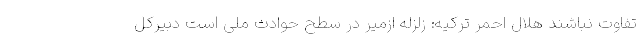
تفاوت نباشند هلال ‌احمر ترکیه: زلزله ازمیر در سطح حوادث ملی است دبیرکل